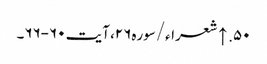
۵۰. ↑ شعراء/سوره۲۶، آیت ۶۰-۶۶۔